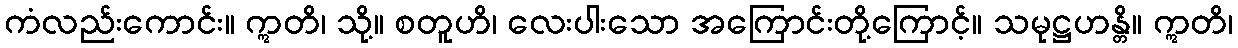
ကံလည်းကောင်း။ ဣတိ၊ သို့။ စတူဟိ၊ လေးပါးသော အကြောင်းတို့ကြောင့်။ သမုဋ္ဌဟန္တိ။ ဣတိ၊